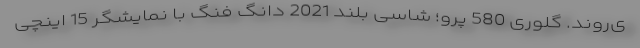
ی‌روند. گلوری 580 پرو؛ شاسی بلند 2021 دانگ فنگ با نمایشگر 15 اینچی